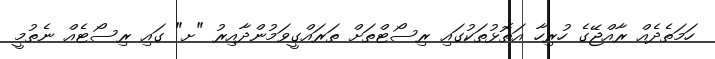
ހަމަތެދެއް ރާއްޖޭގެ ހުރިހާ އަތޮޅުތަކުގައި ރިސޯޓްތަށް ތަރައްގީވަމުންދާއިރު "ށ" ގައި ރިސޯޓެއް ނެތުމީ